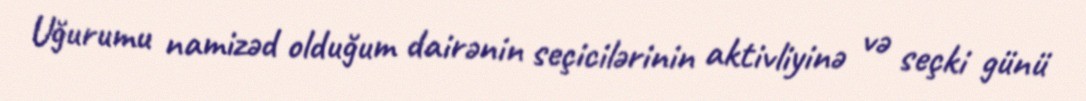
Uğurumu namizəd olduğum dairənin seçicilərinin aktivliyinə və seçki günü